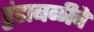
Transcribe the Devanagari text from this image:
हुंडाबळीचे